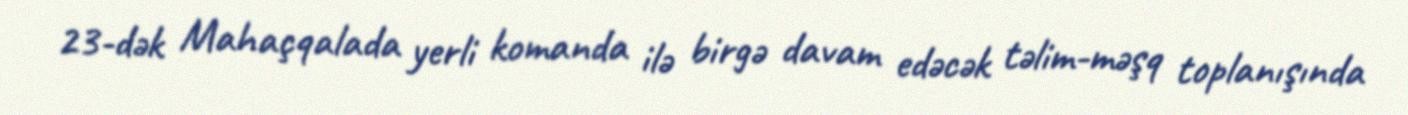
23-dək Mahaçqalada yerli komanda ilə birgə davam edəcək təlim-məşq toplanışında